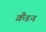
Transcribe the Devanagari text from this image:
क्रैंडन